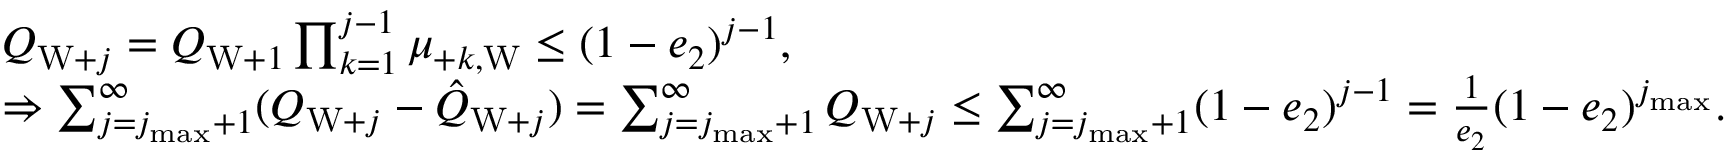
\begin{array} { r l } & { Q _ { \mathrm { W } + j } = Q _ { \mathrm { W } + 1 } \prod _ { k = 1 } ^ { j - 1 } \mu _ { + k , \mathrm { W } } \le ( 1 - e _ { 2 } ) ^ { j - 1 } , } \\ & { \Rightarrow \sum _ { j = j _ { \operatorname* { m a x } } + 1 } ^ { \infty } ( Q _ { \mathrm { W } + j } - \hat { Q } _ { \mathrm { W } + j } ) = \sum _ { j = j _ { \operatorname* { m a x } } + 1 } ^ { \infty } Q _ { \mathrm { W } + j } \le \sum _ { j = j _ { \operatorname* { m a x } } + 1 } ^ { \infty } ( 1 - e _ { 2 } ) ^ { j - 1 } = \frac { 1 } { e _ { 2 } } ( 1 - e _ { 2 } ) ^ { j _ { \operatorname* { m a x } } } . } \end{array}